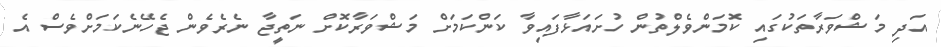
އަދި މަޝްވަރާތަކުގައި ކޮމަންވެލްތުން ހުށައަޅާފައިވާ ކަންކަމަށް މަޝްވަރާކޮށް ނަތީޖާ ނެރެވެން ޖެހޭނެކަމަށްވެސް އެ